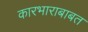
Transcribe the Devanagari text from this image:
कारभाराबाबत